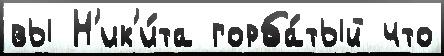
вы Н'ик'и́та горба́тый что